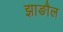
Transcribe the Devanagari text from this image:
झाङौल